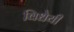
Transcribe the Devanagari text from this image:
विधेयी